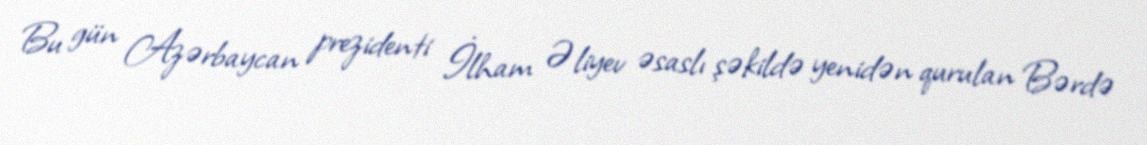
Bu gün Azərbaycan prezidenti İlham Əliyev əsaslı şəkildə yenidən qurulan Bərdə